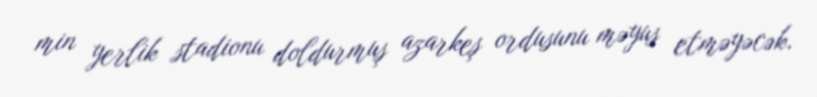
min yerlik stadionu doldurmuş azarkeş ordusunu məyus etməyəcək.